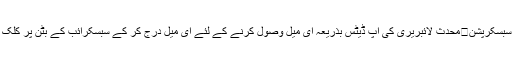
ای میل سبسکرپشن	محدث لائبریری کی اپ ڈیٹس بذریعہ ای میل وصول کرنے کے لئے ای میل درج کر کے سبسکرائب کے بٹن پر کلک کیجئے۔